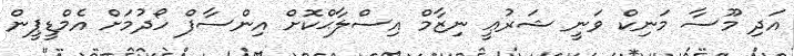
އަދި މޫސާ މަނިކް ވަނީ ޝަރުޢީ ނިޒާމް އިސްލާޙްކޮށް އިންސާފް ހޯދުމަށް އެމްޑީޕީން